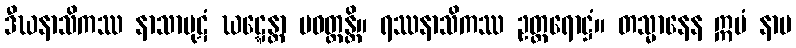
ဒီဃနာသိကဿ နာသာပုဋံ ဃဋ္ဋေန္တာ ပဝတ္တန္တိ။ ရဿနာသိကဿ ဥတ္တရောဋ္ဌံ။ တသ္မာနေန ဣမံ နာမ